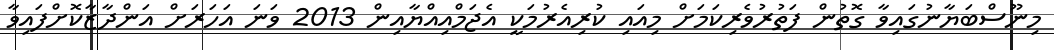
މިނޫސްބަޔާނުގައިވާ ގޮތުން ފަތުރުވެރިކަމަށް މިއައި ކުރިއެރުމަކީ އެޖަމްއިއްޔާއިން 2013 ވަނަ އަހަރަށް އަންދާޒާކޮށްފައިވާ